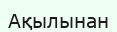
Ақылынан